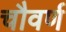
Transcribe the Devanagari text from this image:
चौवर्ण